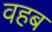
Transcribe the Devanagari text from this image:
वहब